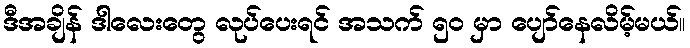
ဒီအချိန် ဒါလေးတွေ လုပ်ပေးရင် အသက် ၅၀ မှာ ပျော်နေလိမ့်မယ်။